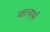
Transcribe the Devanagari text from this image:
महत्वपूर्म